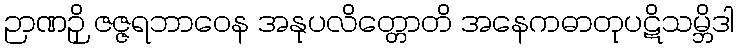
ဉာဏဉှိ ဇဇ္ဇရဘာဝေန အနုပလိတ္တောတိ အနေကဓာတုပဋိသမ္ဘိဒါ